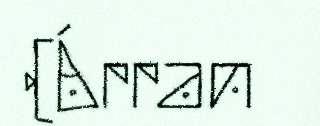
(Árran